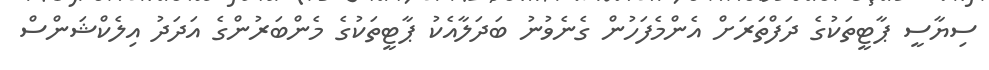
ސިޔާސީ ޕާޓީތަކުގެ ދަފްތަރަށް އެންމެފަހުން ގެނެވުނު ބަދަލާއެކު ޕާޓީތަކުގެ މެންބަރުންގެ އަދަދު އިލެކްޝަންސް